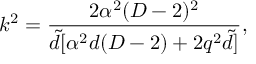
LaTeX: k ^ { 2 } = \frac { 2 \alpha ^ { 2 } ( D - 2 ) ^ { 2 } } { \tilde { d } [ \alpha ^ { 2 } d ( D - 2 ) + 2 q ^ { 2 } \tilde { d } ] } ,